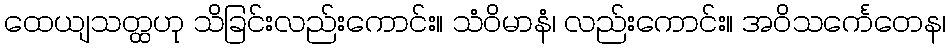
ထေယျသတ္ထဟု သိခြင်းလည်းကောင်း။ သံဝိမာနံ၊ လည်းကောင်း။ အဝိသင်္ကေတေန၊